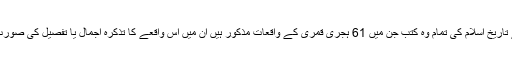
پس اس اعتبار سے تاریخ اسلام کی تمام وہ کتب جن میں 61 ہجری قمری کے واقعات مذکور ہیں ان میں اس واقعے کا تذکرہ اجمال یا تفصیل کی صورت میں موجود ہے ۔